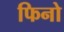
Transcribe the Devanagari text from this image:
फिनो